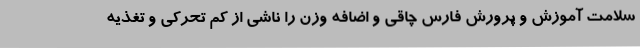
سلامت آموزش و پرورش فارس چاقی و اضافه وزن را ناشی از کم تحرکی و تغذیه